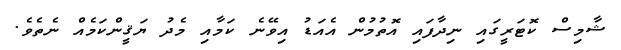
ޝާމިސް ކޮޓަރީގައި ނިދާފައި އޮތުމުން އެއަޑު އިވޭނެ ކަމާއި މެދު ޔަޤީންކަމެއް ނެތެވެ.